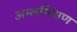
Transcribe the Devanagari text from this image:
अम्लमिश्रण